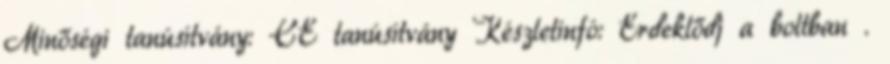
Minőségi tanúsítvány: CE tanúsítvány Készletinfó: Érdeklődj a boltban .